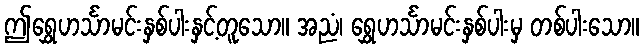
ဤရွှေဟင်္သာမင်းနှစ်ပါးနှင့်တူသော။ အညံ၊ ရွှေဟင်္သာမင်းနှစ်ပါးမှ တစ်ပါးသော။